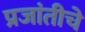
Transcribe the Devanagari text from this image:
प्रजांतीचे